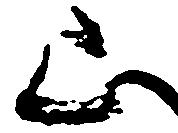
山